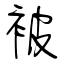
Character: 被